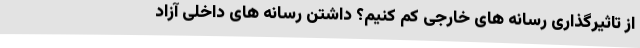
از تاثیرگذاری رسانه های خارجی کم کنیم؟ داشتن رسانه های داخلی آزاد